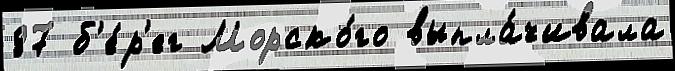
87 б'е́р'ег Морско́го выпла́чивала